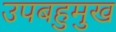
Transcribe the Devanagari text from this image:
उपबहुमुख